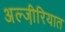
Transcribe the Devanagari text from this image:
अल्जी़रियात